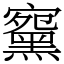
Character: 䵫